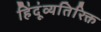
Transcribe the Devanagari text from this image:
हिंदूंव्यतिरिक्त